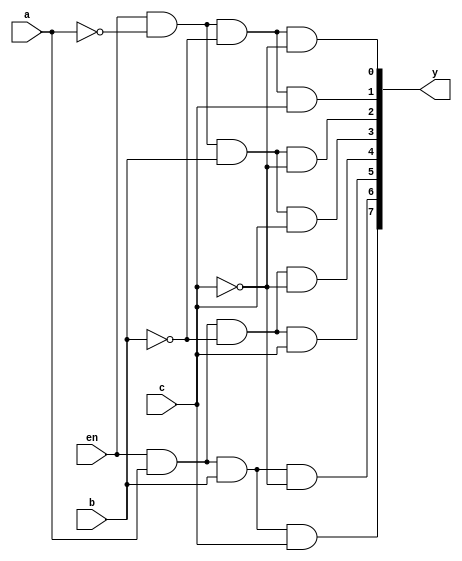
`timescale 1ns / 1ps
module decoder3x8(a,b,c,en,y);
output [7:0] y;
input a,b,c,en;
and v1(y[0],en,~a,~b,~c);
and v2(y[1],en,~a,~b,c);
and v3(y[2],en,~a,b,~c);
and v4(y[3],en,~a,b,c);
and v5(y[4],en,a,~b,~c);
and v6(y[5],en,a,~b,c);
and v7(y[6],en,a,b,~c);
and v8(y[7],en,a,b,c);
endmodule